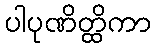
ပါပုဏိတ္ထိကာ